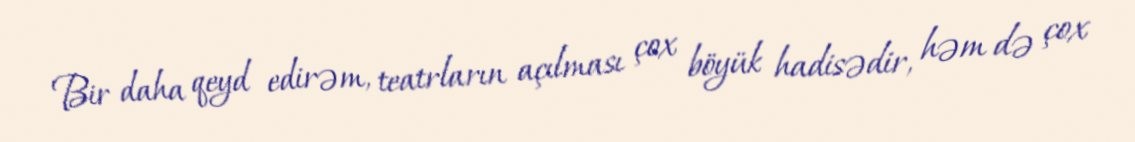
Bir daha qeyd edirəm, teatrların açılması çox böyük hadisədir, həm də çox